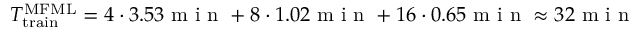
T _ { \mathrm { t r a i n } } ^ { \mathrm { M F M L } } = 4 \cdot 3 . 5 3 \mathrm { ~ m ~ i ~ n ~ } + 8 \cdot 1 . 0 2 \mathrm { ~ m ~ i ~ n ~ } + 1 6 \cdot 0 . 6 5 \mathrm { ~ m ~ i ~ n ~ } \approx 3 2 \mathrm { ~ m ~ i ~ n ~ }